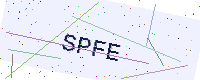
Text: SPFE